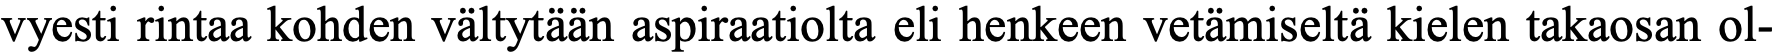
vyesti rintaa kohden vältytään aspiraatiolta eli henkeen vetämiseltä kielen takaosan ol-